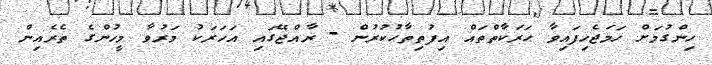
ހިންގުމަށް ހަމަޖެހިފައިވާ ޙަރަކާތްތައް އިފުތިތާޙުކުރުން - ރާއްޖޭގައި އަހަރަކު މަރުވާ މީހުންގެ ތެރެއިން